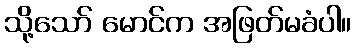
သို့သော် မောင်က အဖြတ်မခံပါ။